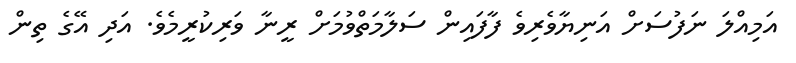
އަމިއްލަ ނަފުސަށް އަނިޔާވެރިވެ ފާފައިން ސަލާމަތްވުމަށް ރީނާ ވަރިކުރީމެވެ. އަދި އޭގެ ތިން